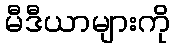
မီဒီယာများကို